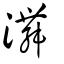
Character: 㵲